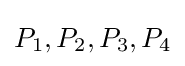
P_{1},P_{2},P_{3},P_{4}